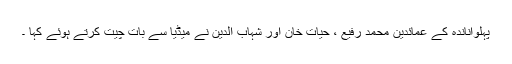
پہلواناندہ کے عمائدین محمد رفیع ، حیات خان اور شہاب الدین نے میڈیا سے بات چیت کرتے ہوئے کہا ۔